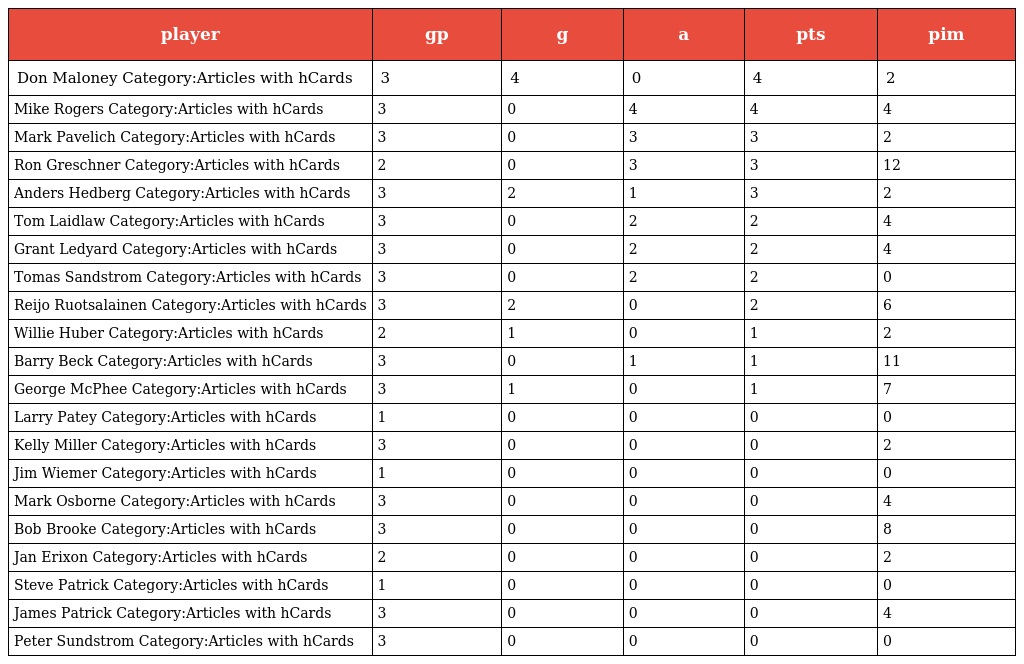
| player | gp | g | a | pts | pim |
 | --- | --- | --- | --- | --- | --- |
 | Don Maloney Category:Articles with hCards | 3 | 4 | 0 | 4 | 2 |
 | Mike Rogers Category:Articles with hCards | 3 | 0 | 4 | 4 | 4 |
 | Mark Pavelich Category:Articles with hCards | 3 | 0 | 3 | 3 | 2 |
 | Ron Greschner Category:Articles with hCards | 2 | 0 | 3 | 3 | 12 |
 | Anders Hedberg Category:Articles with hCards | 3 | 2 | 1 | 3 | 2 |
 | Tom Laidlaw Category:Articles with hCards | 3 | 0 | 2 | 2 | 4 |
 | Grant Ledyard Category:Articles with hCards | 3 | 0 | 2 | 2 | 4 |
 | Tomas Sandstrom Category:Articles with hCards | 3 | 0 | 2 | 2 | 0 |
 | Reijo Ruotsalainen Category:Articles with hCards | 3 | 2 | 0 | 2 | 6 |
 | Willie Huber Category:Articles with hCards | 2 | 1 | 0 | 1 | 2 |
 | Barry Beck Category:Articles with hCards | 3 | 0 | 1 | 1 | 11 |
 | George McPhee Category:Articles with hCards | 3 | 1 | 0 | 1 | 7 |
 | Larry Patey Category:Articles with hCards | 1 | 0 | 0 | 0 | 0 |
 | Kelly Miller Category:Articles with hCards | 3 | 0 | 0 | 0 | 2 |
 | Jim Wiemer Category:Articles with hCards | 1 | 0 | 0 | 0 | 0 |
 | Mark Osborne Category:Articles with hCards | 3 | 0 | 0 | 0 | 4 |
 | Bob Brooke Category:Articles with hCards | 3 | 0 | 0 | 0 | 8 |
 | Jan Erixon Category:Articles with hCards | 2 | 0 | 0 | 0 | 2 |
 | Steve Patrick Category:Articles with hCards | 1 | 0 | 0 | 0 | 0 |
 | James Patrick Category:Articles with hCards | 3 | 0 | 0 | 0 | 4 |
 | Peter Sundstrom Category:Articles with hCards | 3 | 0 | 0 | 0 | 0 |